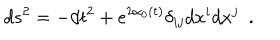
d s ^ { 2 } = - d t ^ { 2 } + e ^ { 2 \alpha _ { 0 } ( t ) } \delta _ { i j } d x ^ { i } d x ^ { j } \ \ .